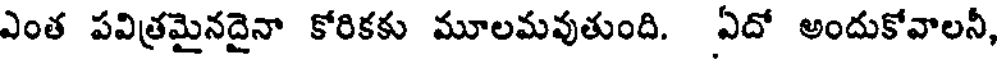
ఎంత పవిత్రమైనదైనా కోరికకు మూలమవుతుంది. ఏదో అందుకోవాలనీ,